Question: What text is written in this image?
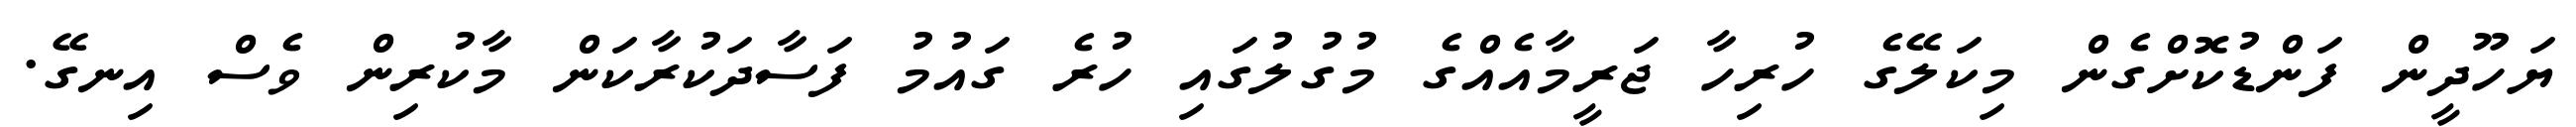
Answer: ޔަހޫދީން ފަންޑުކޮށްގެން މިކަލޭގެ ހުރިހާ ޖަރީމާއެއްގެ މުގުލުގައި ހުރެ ގައުމު ފަސާދަކުރާކަން މާކުރިން ވެސް އިނގޭ.